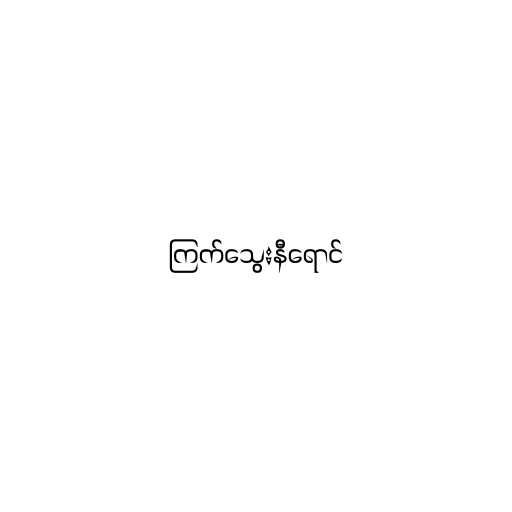
ကြက်သွေးနီရောင်